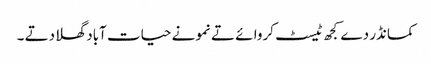
کمانڈر دے کجھ ٹیسٹ کروا ئے تے نمونے حیات آباد گھلا دتے ۔